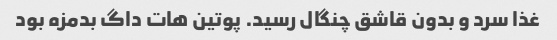
غذا سرد و بدون قاشق چنگال رسید. پوتین هات داگ بدمزه بود